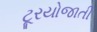
ટૂરયોજાતી